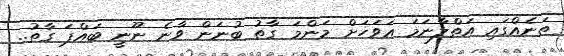
ތަނެއްގައި އަތްލާނަމަ އަވަހަށް މަންމަ ގާތު ބުނަން ވާނެ ނޫނީ ބައްޕަ ގާތު..